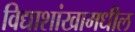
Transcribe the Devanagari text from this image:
विद्याशांखामधील